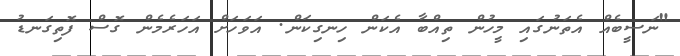
"ނަސީބެއް އެތަނުގައި މީހުން ތިއްބާ އެކަން ހިނގިކަން. އަވަހަށް އަހަރެމެން ގޮސް ފޮތިގަނޑު